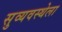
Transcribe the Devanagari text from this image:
सुव्यवस्थेला